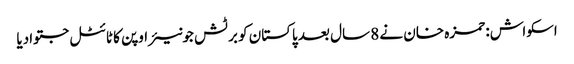
اسکواش: حمزہ خان نے 8 سال بعد پاکستان کو برٹش جونیئر اوپن کا ٹائٹل جتوادیا